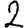
Digit: 2